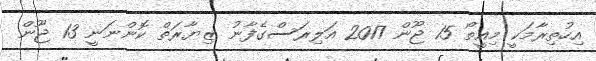
އިހުތިރާމަކީ މިއީތޯ 15 ޖޫން 2017 އަލިރަސްގެފާނު ޒިޔާރަތް ކޮންނަނީ 13 ޖޫން